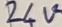
Text: 24V